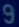
9